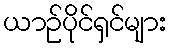
ယာဉ်ပိုင်ရှင်များ